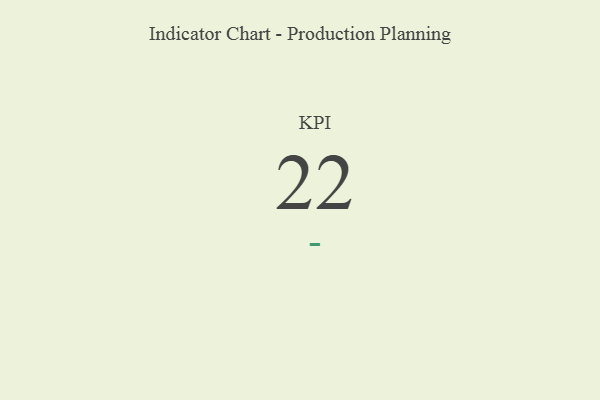
{"axis": {"x": "KPI", "y": "Value"}, "legend": [""], "data": [{"x": "KPI", "y": 22, "type": ""}]}